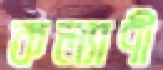
কল্যাণী